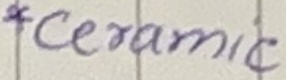
Text: *Ceramic